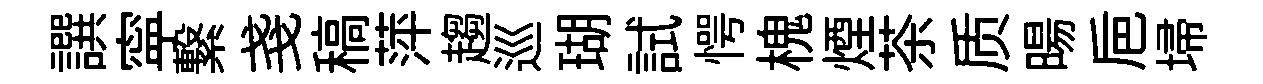
譔寜繋戔稿萍趨巡瑚試愕槐煙茶质暘巵埽